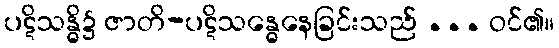
ပဋိသန္ဓိ၌ ဇာတိ-ပဋိသန္ဓေနေခြင်းသည် ... ဝင်၏။